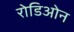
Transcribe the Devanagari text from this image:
रोडिओन